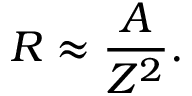
R \approx \frac { A } { Z ^ { 2 } } .